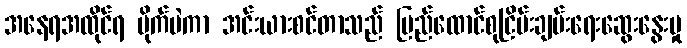
အနေရအထိုင်ရ မိုက်မဲကာ အင်းယားစင်တာသည် ပြည်ထောင်စုငြိမ်းချမ်းရေးဆွေးနွေးမှု